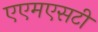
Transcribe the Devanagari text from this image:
एएमएसटी